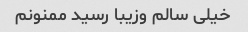
خیلی سالم و‌زیبا رسید ممنونم